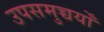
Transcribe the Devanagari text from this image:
उपसमुच्चर्यों